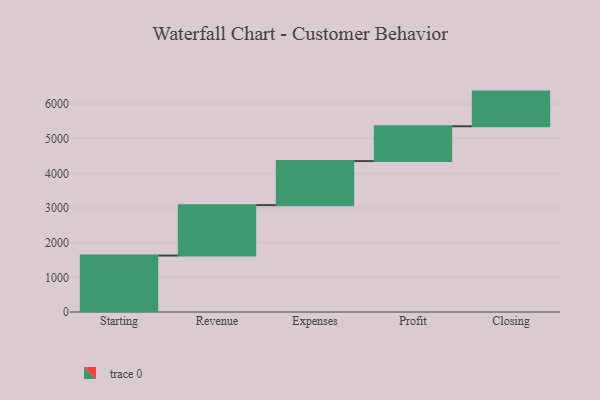
{"axis": {"x": "Step", "y": "Value"}, "legend": [""], "data": [{"x": "Starting", "y": 1627.0, "type": ""}, {"x": "Revenue", "y": 1455.0, "type": ""}, {"x": "Expenses", "y": 1270.0, "type": ""}, {"x": "Profit", "y": 1004.0, "type": ""}, {"x": "Closing", "y": 1000, "type": ""}]}